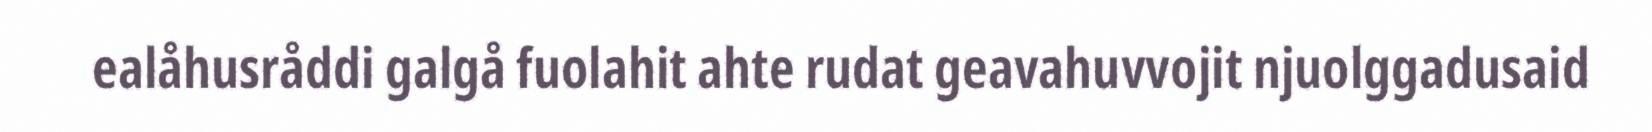
ealåhusråddi galgå fuolahit ahte rudat geavahuvvojit njuolggadusaid